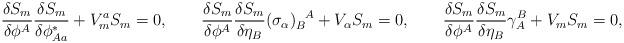
LaTeX: \begin{align*}\frac{\delta S_m}{\delta \phi^A} \frac{\delta S_m}{\delta \phi_{A a}^*} + V_m^a S_m = 0,\qquad\frac{\delta S_m}{\delta \phi^A} \frac{\delta S_m}{\delta \eta_B} (\sigma_\alpha)_B^{~~\!A} + V_\alpha S_m = 0,\qquad\frac{\delta S_m}{\delta \phi^A} \frac{\delta S_m}{\delta \eta_B}\gamma^B_A + V_m S_m = 0,\end{align*}